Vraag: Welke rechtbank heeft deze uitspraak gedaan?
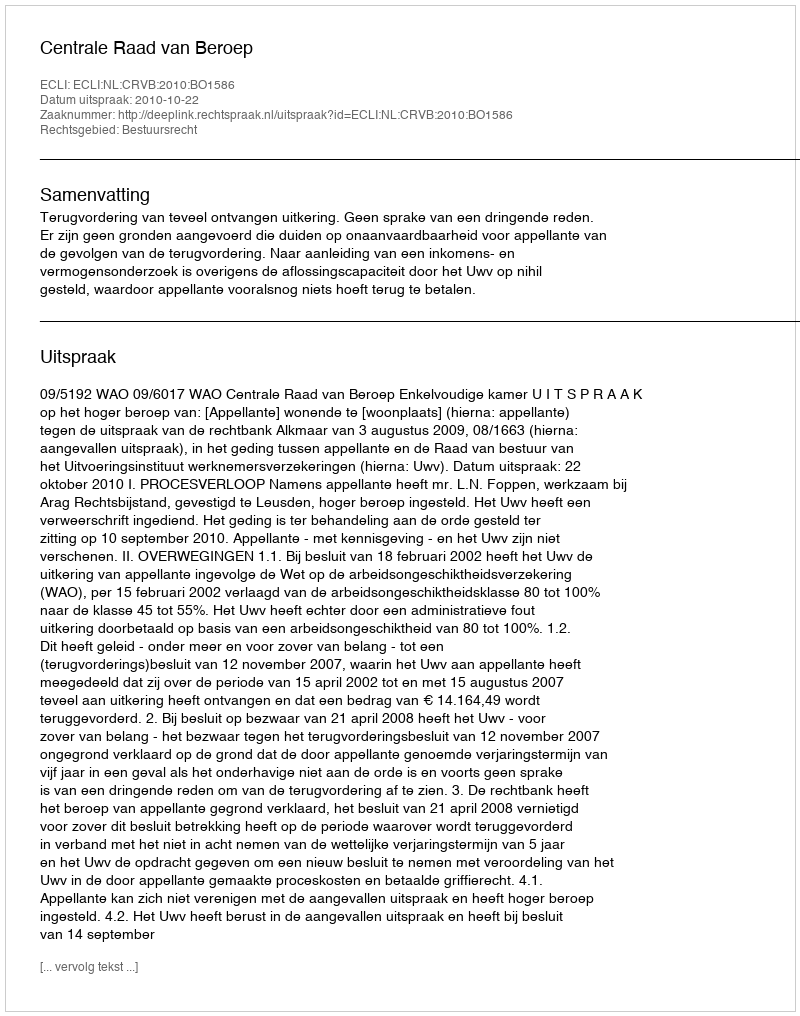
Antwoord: Centrale Raad van Beroep